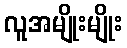
လူအမျိုးမျိုး